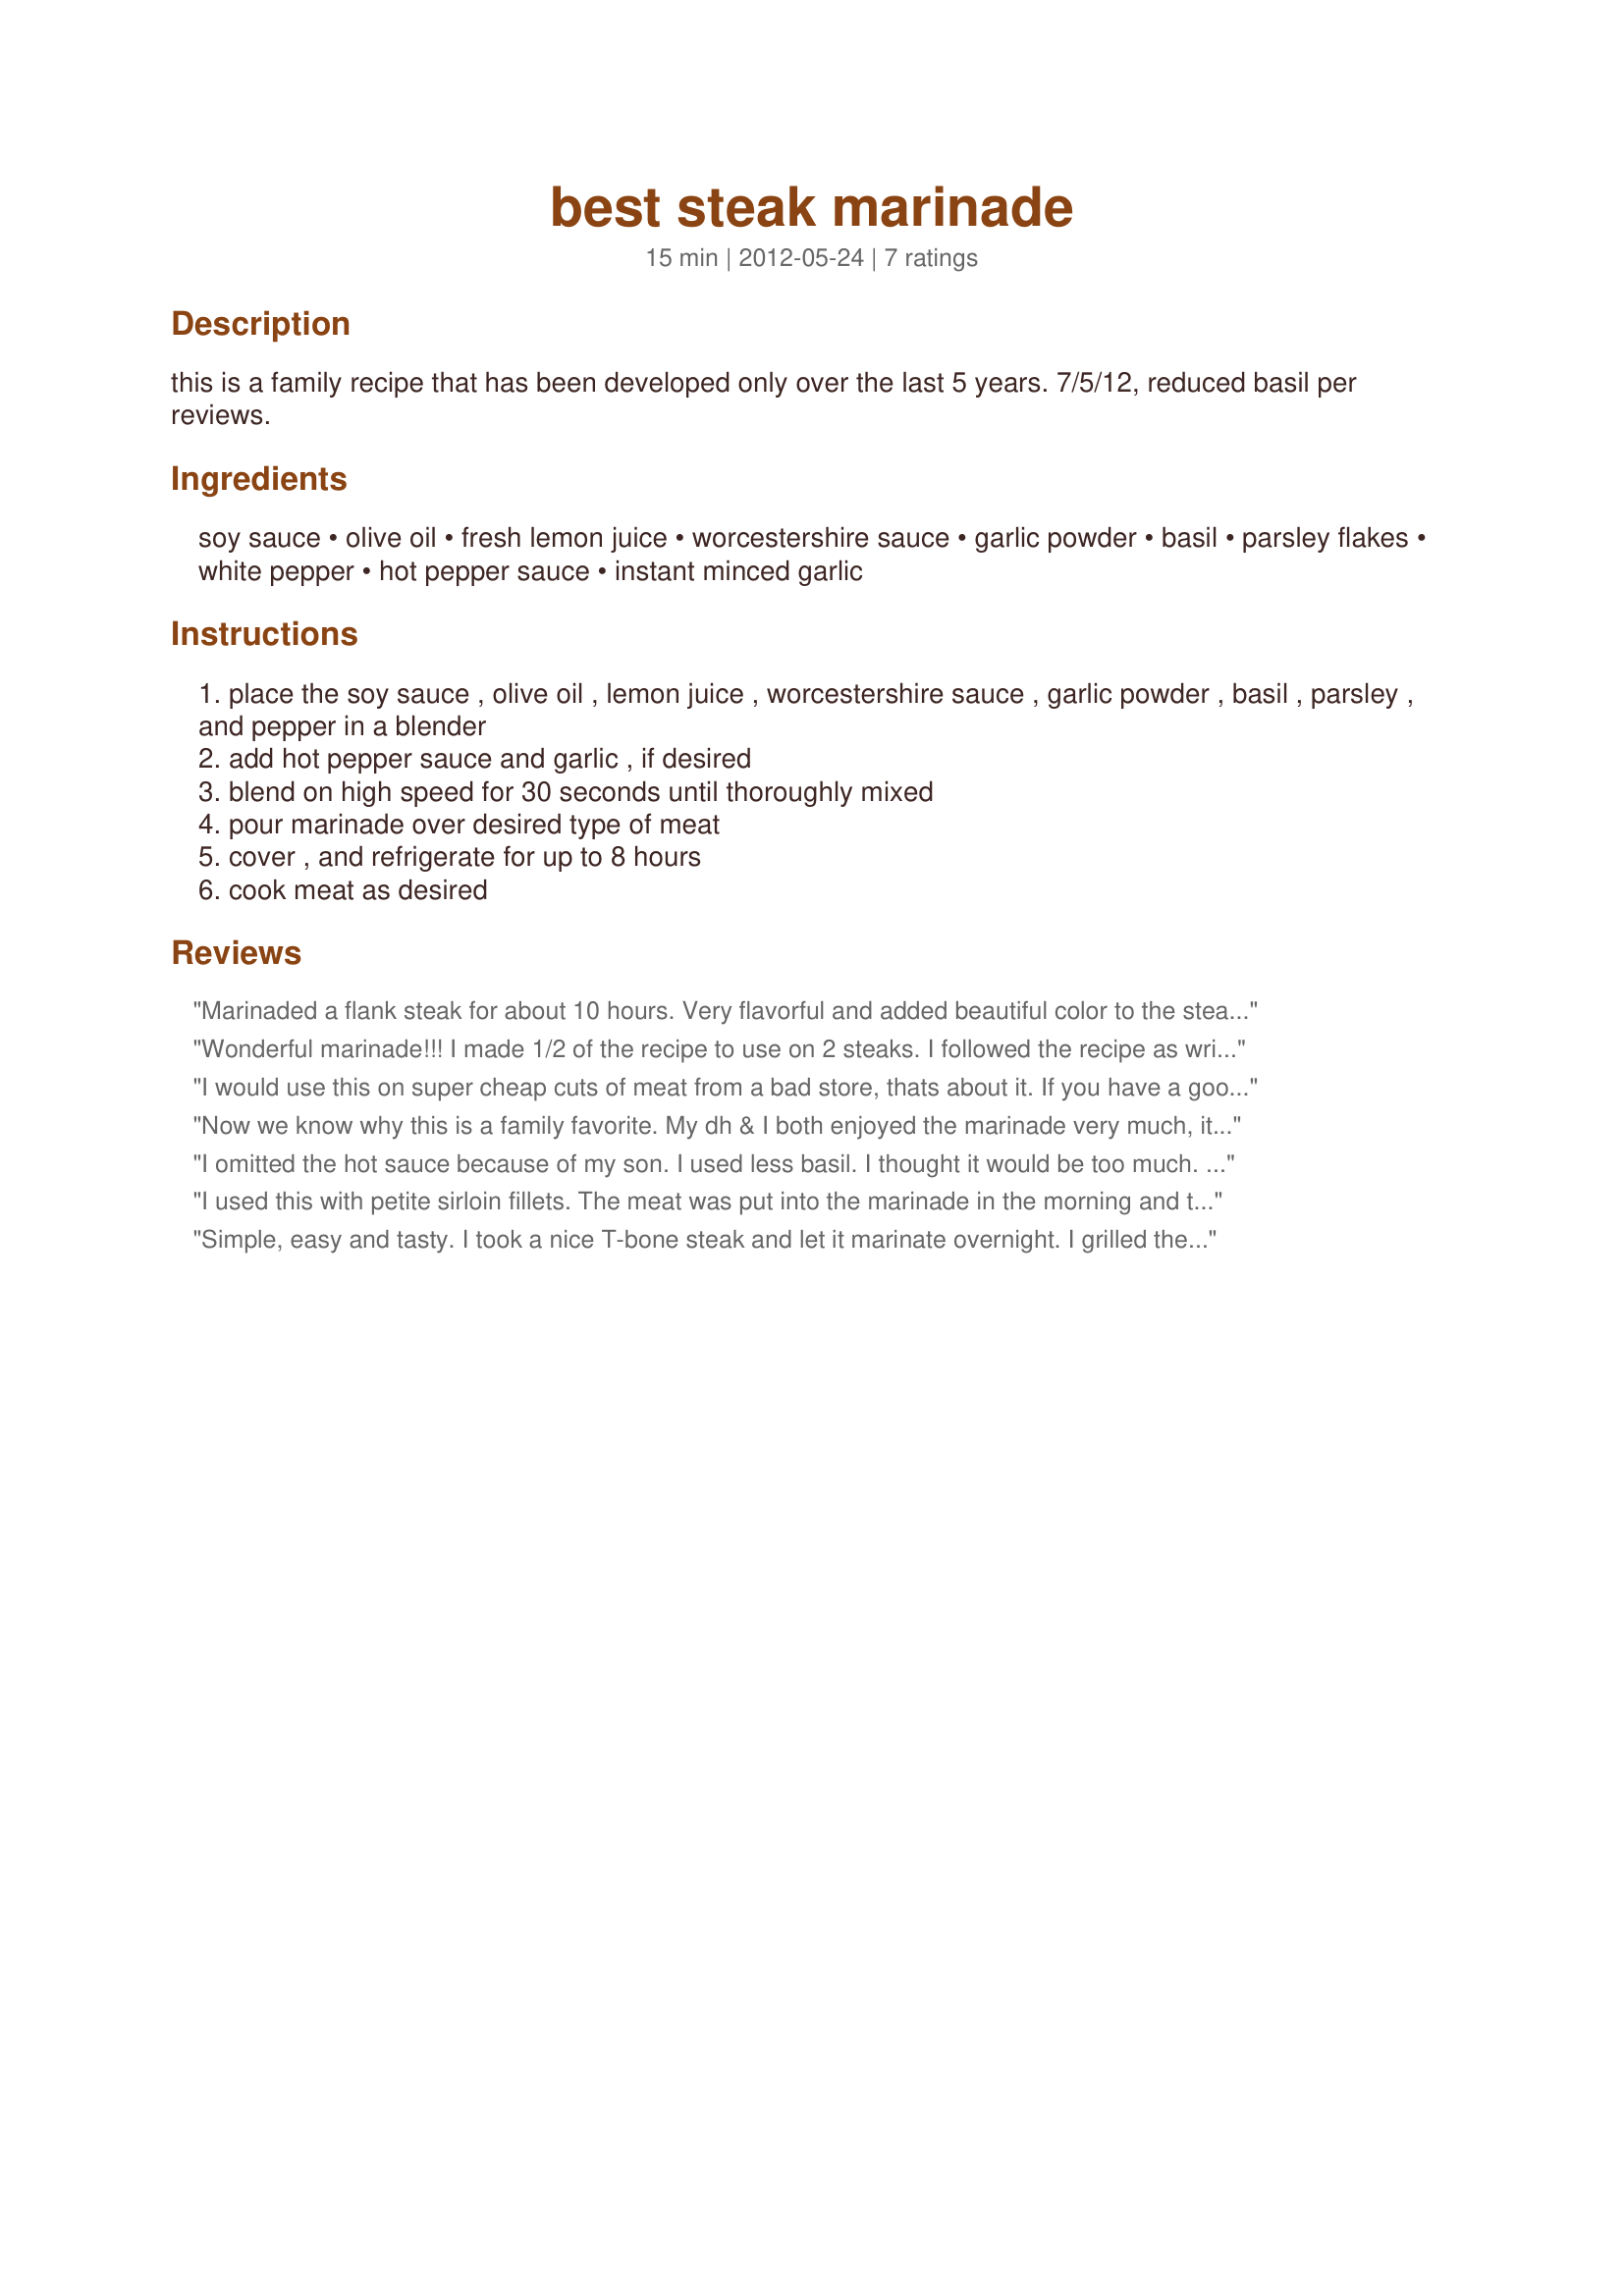
best steak marinade
Preparation time: 15 minutes

this is a family recipe that has been developed only over the last 5 years.

7/5/12, reduced basil per reviews.

Ingredients:
soy sauce, olive oil, fresh lemon juice, worcestershire sauce, garlic powder, basil, parsley flakes, white pepper, hot pepper sauce, instant minced garlic

Steps:
place the soy sauce , olive oil , lemon juice , worcestershire sauce , garlic powder , basil , parsley , and pepper in a blender
add hot pepper sauce and garlic , if desired
blend on high speed for 30 seconds until thoroughly mixed
pour marinade over desired type of meat
cover , and refrigerate for up to 8 hours
cook meat as desired

Reviews:
Marinaded a flank steak for about 10 hours. Very flavorful and added beautiful color to the steak. Made for ZWT8 trip to Australia / New Zealand. Thanks Lynn!
Wonderful marinade!!! I made 1/2 of the recipe to use on 2 steaks. I followed the recipe as written except I cut the basil in 1/2, as I felt it would overpower the other ingredients. Thanks for sharing a simple & quick recipe. Made for ZWT8.
I would use this on super cheap cuts of meat from a bad store, thats about it.

If you have a good cut of beef this will drown it out of recognition.

Stick to kosher salt and fresh ground black pepper.
Now we know why this is a family favorite. My dh & I both enjoyed the marinade very much, it was sooo good. I bbq a sirloin steak that had marinaded for 8 hours. It was awesome, so much flavor and beautifully tenderized. Made exactly as written, although I did use fresh minced garlic and fresh herbs from my garden, which worked really well in this dish. Thank you for sharing a recipe that I will use often. Made for the Fearless Red Dragons - ZWT8 - Australia.
I omitted the hot sauce because of my son. I used less basil. I thought it would be too much. The steaks were in the marinade maybe 6 hours. They had a wonderful taste. Thanks Lynn :) Made for the Australian Recipe Swap for June 2012
I used this with petite sirloin fillets. The meat was put into the marinade in the morning and then grilled in the early evening. They were well flavored. Made for ZWT 8.
Simple, easy and tasty. I took a nice T-bone steak and let it marinate overnight. I grilled the steak on my Cuisinart grill to a perfect medium-rare. The steak turned out tender, juicy and very, very flavorful. I didn't need to use any steak sauce, but still couldn't give up my horseradish sauce. Served with Recipe #482418 and Recipe #355020.
